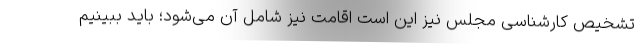
تشخیص کارشناسی مجلس نیز این است اقامت نیز شامل آن می‌شود؛ باید ببینیم